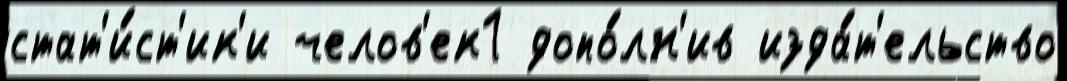
стат'и́ст'ик'и челов'ек1 допо́лн'ив изда́т'ельство